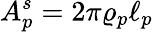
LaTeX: A_{p}^{s}=2\pi\varrho_{p}\ell_{p}